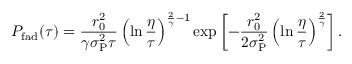
P _ { \mathrm { f a d } } ( \tau ) = \frac { r _ { 0 } ^ { 2 } } { \gamma \sigma _ { \mathrm { P } } ^ { 2 } \tau } \left( \ln \frac { \eta } { \tau } \right) ^ { \frac { 2 } { \gamma } - 1 } \exp \left[ - \frac { r _ { 0 } ^ { 2 } } { 2 \sigma _ { \mathrm { P } } ^ { 2 } } \left( \ln \frac { \eta } { \tau } \right) ^ { \frac { 2 } { \gamma } } \right] .